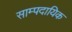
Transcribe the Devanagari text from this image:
साम्पदायिक